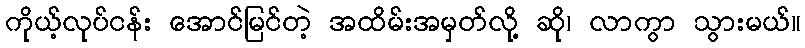
ကိုယ့်လုပ်ငန်း အောင်မြင်တဲ့ အထိမ်းအမှတ်လို့ ဆို၊ လာကွာ သွားမယ်။